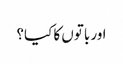
اور باتوں کا کیا؟